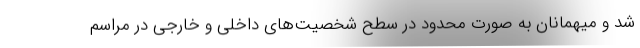
شد و میهمانان به صورت محدود در سطح شخصیت‌های داخلی و خارجی در مراسم